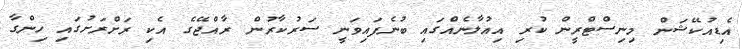
އެޑިއުކޭޝަން މިނިސްޓްރީން ކުރި އިއުލާނެއްގައި ބުނެފައިވަނީ ސަރުކާރުން ރާއްޖޭގެ އެކި ރަށްރަށުގައި ހިންގާ